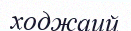
ходжаий